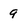
Character: 9